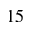
1 5